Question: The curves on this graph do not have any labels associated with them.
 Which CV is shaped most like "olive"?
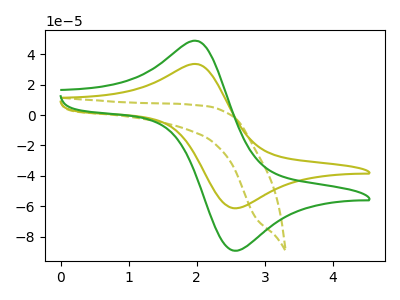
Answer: <think>The olive dashed curve "olive dashed" has no peaks. The olive curve "olive" has an anodic peak at (2.00V, 33.30uA) and a cathodic peak at (2.55V, -61.30uA). The green curve "green" has an anodic peak at (2.00V, 48.45uA) and a cathodic peak at (2.55V, -89.15uA).
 "olive dashed" and "olive" have a different number of peaks. "olive dashed" and "green" have a different number of peaks. All the peaks in "olive" have a peak in "green" at the same potential. Every peak in "olive" is lower than every peak in "green".</think>
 <answer>The CV with the most similar shape to "green" is "olive".</answer>
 <eval>"olive"</eval>